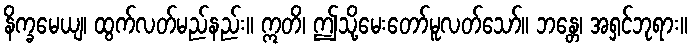
နိက္ခမေယျ၊ ထွက်လတ်မည်နည်း။ ဣတိ၊ ဤသို့မေးတော်မူလတ်သော်။ ဘန္တေ၊ အရှင်ဘုရား။